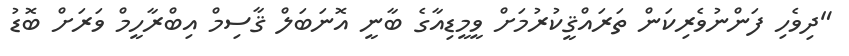
"ދިވެހި ފަންނުވެރިކަން ތަރައްޤީކުރުމަށް ވީމީޑިއާގެ ބާނީ އޮނަބަލް ޤާސިމް އިބްރާހީމް ވަރަށް ބޮޑު